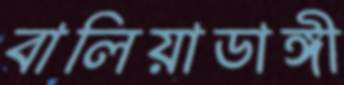
বালিয়াডাঙ্গী